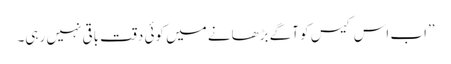
’’اب اس کیس کو آگے بڑھانے میں کوئی دقت باقی نہیں رہی۔